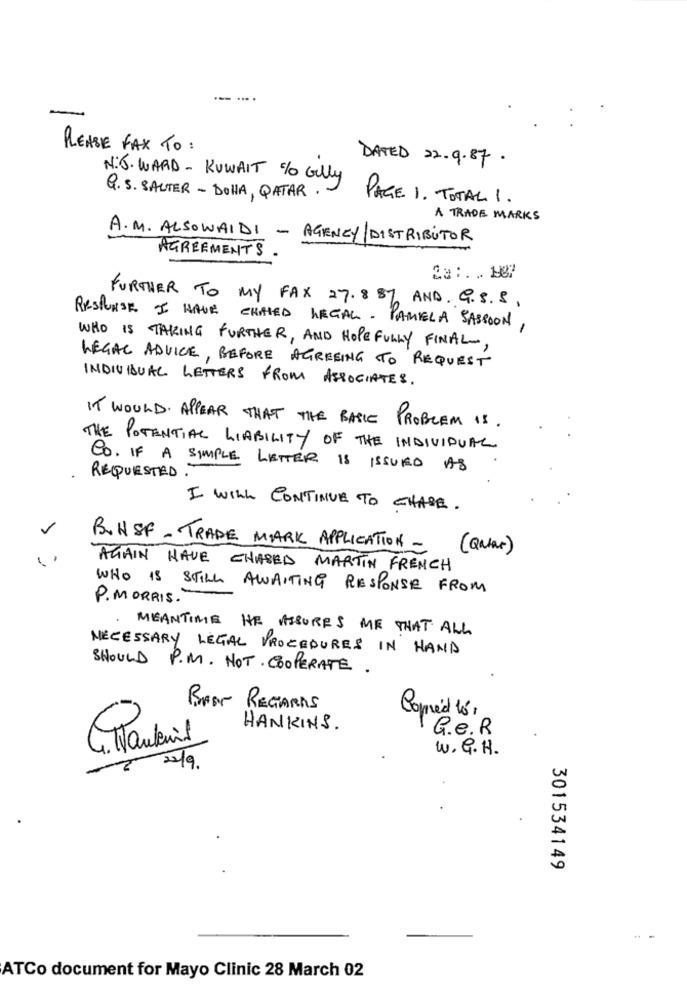
PLEASE FAX TO :
DATED 22.9.87.
N:J. WARD - KUWAIT % Gilly
Q. S. SALTER - DOHA , QATAR . -
PAGE 1. TOTAL 1.
A TRADE MARKS
A. M. ALSOWAIDI - AGENCY/DISTRIBUTOR
AGREEMENTS .
La: . .. 187
FURTHER TO MY FAX 27.88% AND. G. S. S ,
RESPONSE I HAVE CHAIED LEGAL. PAMELA SASSOON,
WHO IS TAKING FURTHER, AND HOPEFULLY FINAL,
LEGAL ADVICE, BEFORE AGREEING TO REQUEST
INDIVIDUAL LETTERS FROM ASSOCIATES.
IT WOULD APPEAR THAT THE BASIC PROBLEM is .
THE POTENTIAL LIABILITY OF THE INDIVIDUAL
CO. IF A SIMPLE LETTER IS ISSUED AS
REQUESTED.
I WILL CONTINUE TO CHASE .
-
B.HSF - TRADE MARK APPLICATION -
( Qatar)
AGAIN HAVE CHASED MARTIN FRENCH
WHO IS STILL AWAITING RESPONSE FROM
P. MORRIS.
MEANTIME HE ASSURES ME THAT ALL
NECESSARY LEGAL PROCEDURES IN HAND
SHOULD P.M. NOT. COOPERATE.
BABY REGARDS
Copied to,
-
HANKINS.
G.e. R
W. G. H.
22/9
301534149
- -
ATCo document for Mayo Clinic 28 March 02